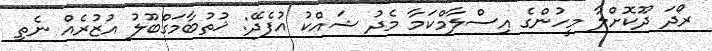
ރޯދަ ދޫކޮށްލާ މީހުންގެ އިސްލާމްކަމާ މެދު ޝައްކު އުފެދޭ: ޚުތުބާމަގްބޫލު އުޒުރެއް ނެތި